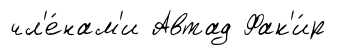
чл'е́нам'и Автад Фак'и́р